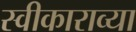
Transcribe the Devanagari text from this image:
स्वीकाराव्या